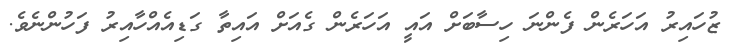
ޒުހައިރު އަހަރެން ފެންނަ ހިސާބަށް އައީ އަހަރެން ގެއަށް އައިތާ ގަޑިއެއްހާއިރު ފަހުންނެވެ.